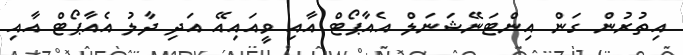
އިތުރުން ގަން އިންޓަނޭޝަނަލް އެއާޕޯޓް އާއި ވީއައިއޭ އަދި ދާލު އެއާޕޯޓް އާއި